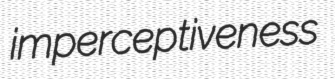
imperceptiveness